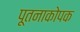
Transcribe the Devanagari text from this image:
पूतनाकोपक